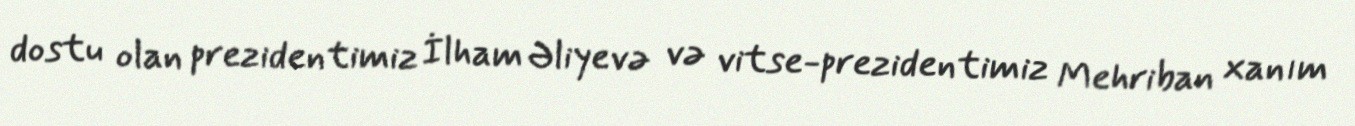
dostu olan prezidentimiz İlham Əliyevə və vitse-prezidentimiz Mehriban xanım